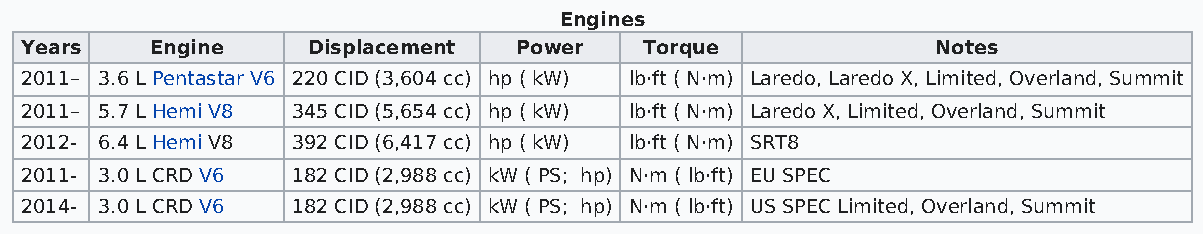
Engines
 Years    Engine    Displacement  Power    Torque             Notes
 2011– 3.6 L Pentastar V6 220 CID (3,604 cc) hp ( kW) lb·ft ( N·m) Laredo, Laredo X, Limited, Overland, Summit
 2011– 5.7 L Hemi V8 345 CID (5,654 cc) hp ( kW) lb·ft ( N·m) Laredo X, Limited, Overland, Summit
 2012- 6.4 L Hemi V8 392 CID (6,417 cc) hp ( kW) lb·ft ( N·m) SRT8
 2011- 3.0 L CRD V6 182 CID (2,988 cc) kW ( PS; hp) N·m ( lb·ft) EU SPEC
 2014- 3.0 L CRD V6 182 CID (2,988 cc) kW ( PS; hp) N·m ( lb·ft) US SPEC Limited, Overland, Summit